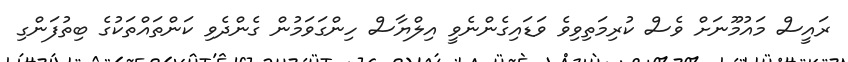
ރައީސް މައުމޫނަށް ވެސް ކުރިމަތިވިވެ ވަޑައިގެންނެވީ އިލްޔާސް ހިންގަވަމުން ގެންދެވި ކަންތައްތަކުގެ ބިތުފަންގި